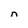
Character: n